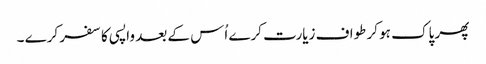
پھر پاک ہو کر طواف زیارت کرے اُس کے بعد واپسی کا سفر کرے ۔